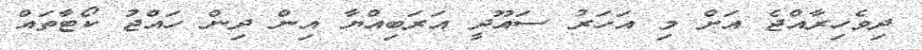
ދިވެހިރާއްޖެ އަށް މި އަހަރު ސައޫދީ އަރަބިއްޔާ އިން ދިން ހައްޖު ކޯޓާތައް